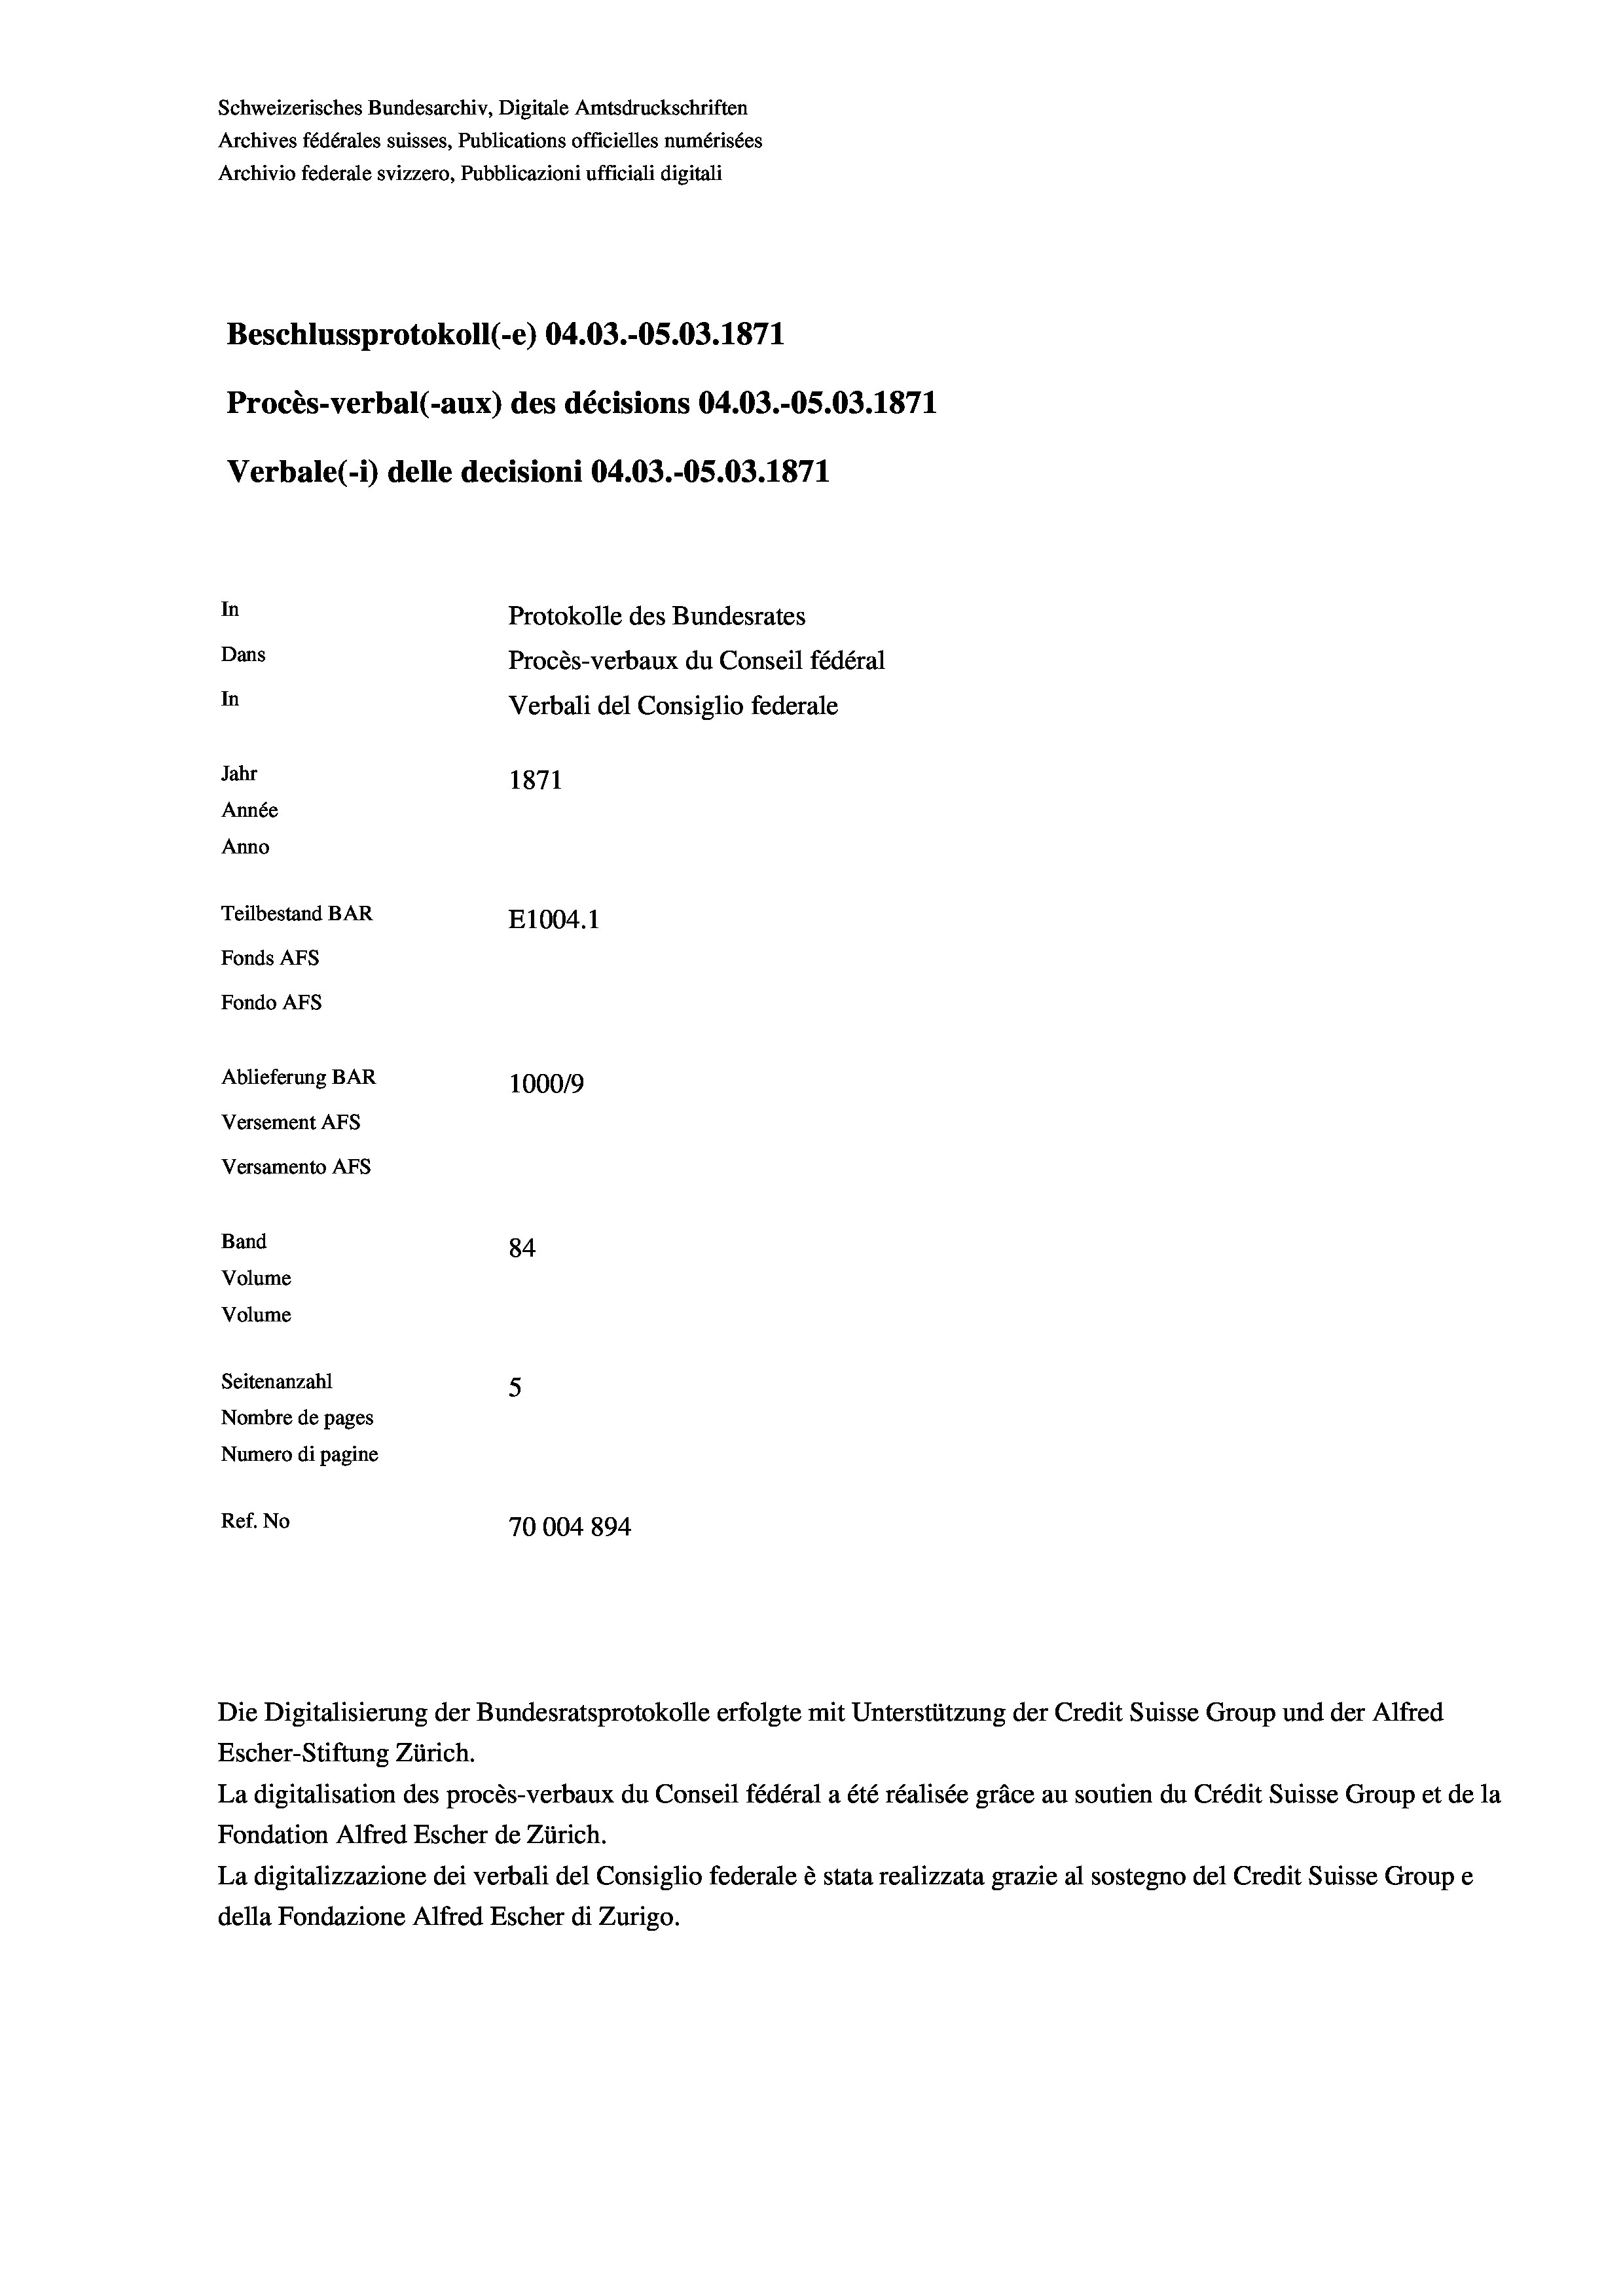
Schweizerisches Bundesarchiv, Digitale Amtsdruckschriften
Archives fédérales suisses, Publications officielles numérisées
Archivio federale svizzero, Pubblicazioni ufficiali digitali
Beschlussprotokoll (-e) 04.03.-O5.03. 1871
Procès-verbal (-aux) des décisions 04.03.-OS.03. 1871
Verbale (- 1) delle decisioni 04.03.-O5.03. 1871
In
Protokolle des Bundesrates
Dans
Procès-verbaux du Conseil fédéral
In
Verbali del Consiglio federale
Jahr
1871
Année
Anno
Teilbestand BAR
E1004. 1
Fonds AFs
Fondo AFS
Ablieferung BAR
100019
Versement AFs
Versamento AFs
Band
84
Volume

Volume

Seitenanzahl
5
Nombre de pages
Numero di pagine
Ref. No
70004 894

Escher-Stiftung Zürich.
La digitalisation des procès-verbaux du Conseil fédéral a été réalisée gräce au soutien du Crédit Suisse Group et de la
Fondation Alfred Escher de Zürich.
La digitalizzazione dei verbali del Consiglio federale è stata realizzata grazie al sostegno del Credit Suisse Groupe
della Fondazione Alfred Escher di Zurigo.

Die Digitalisierung der Bundesratsprotokolle erfolgte mit Unterstützung der Credit Suisse Group und der Alfred